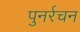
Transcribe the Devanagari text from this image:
पुनर्रचन